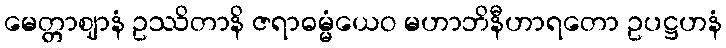
မေတ္တာဈာနံ ဥဿိတာနိ ဇရာဓမ္မံယေဝ မဟာဘိနီဟာရတော ဥပဋ္ဌဟနံ